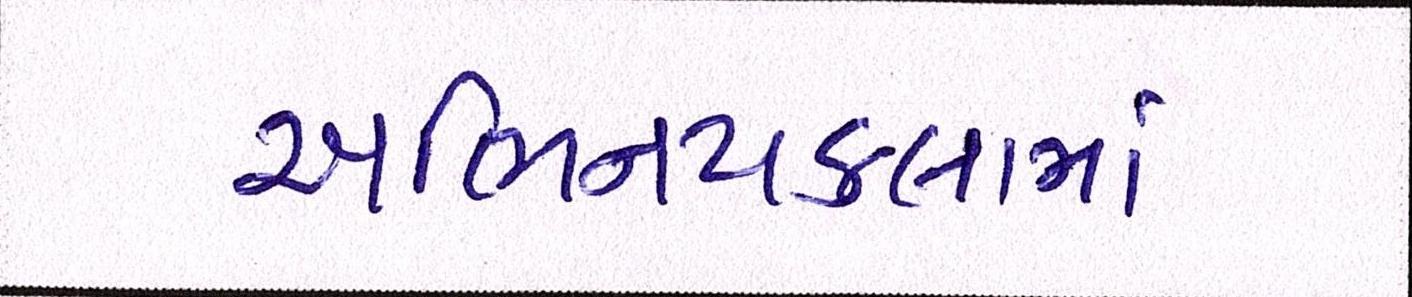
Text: અભિનયકલામાં